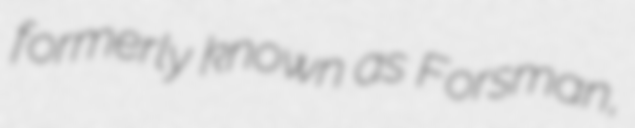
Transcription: formerly known as Forsman,